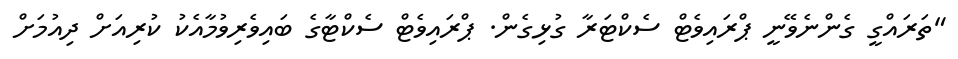
"ތަރައްގީ ގެންނެވޭނީ ޕްރައިވެޓް ސެކްޓަރާ ގުޅިގެން. ޕްރައިވެޓް ސެކްޓާގެ ބައިވެރިވުމާއެކު ކުރިއަށް ދިއުމަށް